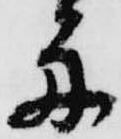
舟